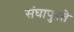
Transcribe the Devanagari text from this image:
संघापुरते